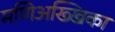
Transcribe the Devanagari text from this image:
मणिअख्खिका